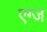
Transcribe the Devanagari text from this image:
एग्ज